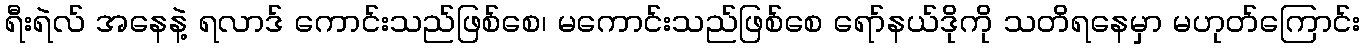
ရီးရဲလ် အနေနဲ့ ရလာဒ် ကောင်းသည်ဖြစ်စေ၊ မကောင်းသည်ဖြစ်စေ ရော်နယ်ဒိုကို သတိရနေမှာ မဟုတ်ကြောင်း